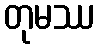
တုမဿ